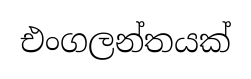
එංගලන්තයක්